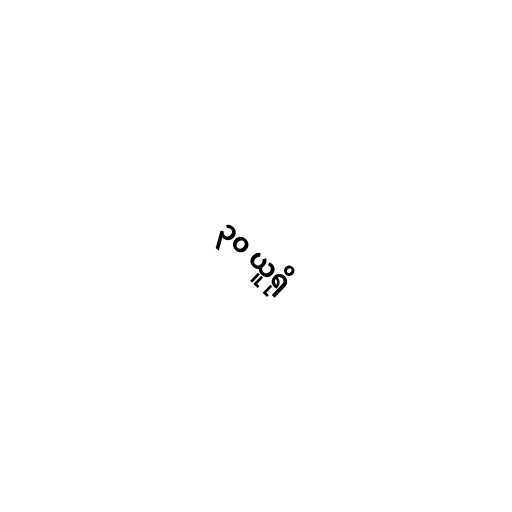
၃၀ ယူရို